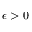
\epsilon > 0